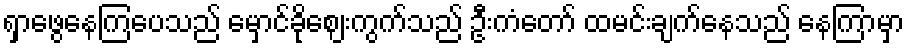
ရှာဖွေနေကြပေသည် မှောင်ခိုဈေးကွက်သည် ဦးကံတော် ထမင်းချက်နေသည် နေကြာမှာ